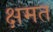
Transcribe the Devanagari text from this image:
क्षमत